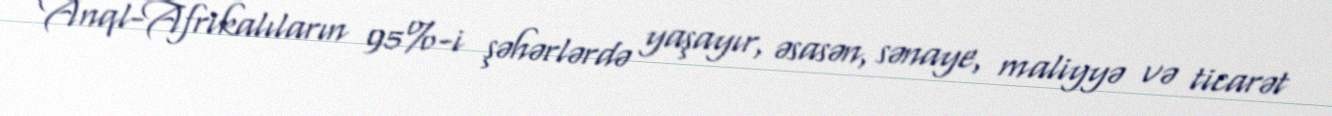
Anql-Afrikalıların 95%-i şəhərlərdə yaşayır, əsasən, sənaye, maliyyə və ticarət